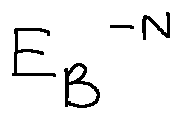
E _ { B } ^ { - N }